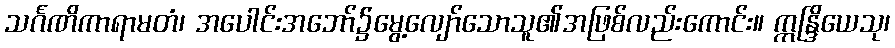
သင်္ဂဏိကာရာမတံ၊ အပေါင်းအဘော်၌မွေ့လျော်သောသူ၏အဖြစ်လည်းကောင်း။ ဣန္ဒြိယေသု၊